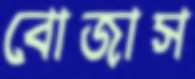
বোজাস